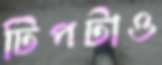
টিপটাও